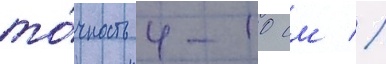
то́чность 4-10 см //